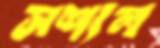
সশ্যল